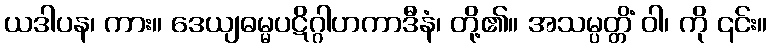
ယဒါပန၊ ကား။ ဒေယျဓမ္မပဋိဂ္ဂါဟကာဒီနံ၊ တို့၏။ အသမ္ပတ္တိံ ဝါ၊ ကို ၎င်း။